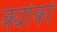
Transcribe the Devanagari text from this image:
क्योको